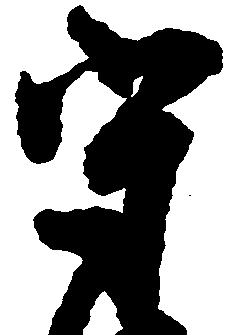
守